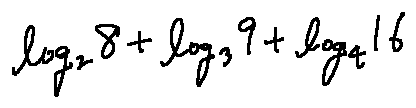
\log _ { 2 } 8 + \log _ { 3 } 9 + \log _ { 4 } 1 6